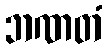
ဘဏတံ